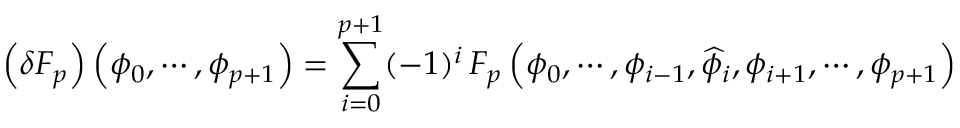
\left( \delta F _ { p } \right) \left( \phi _ { 0 } , \cdots , \phi _ { p + 1 } \right) = \sum _ { i = 0 } ^ { p + 1 } ( - 1 ) ^ { i } \, F _ { p } \left( \phi _ { 0 } , \cdots , \phi _ { i - 1 } , \widehat { \phi } _ { i } , \phi _ { i + 1 } , \cdots , \phi _ { p + 1 } \right)